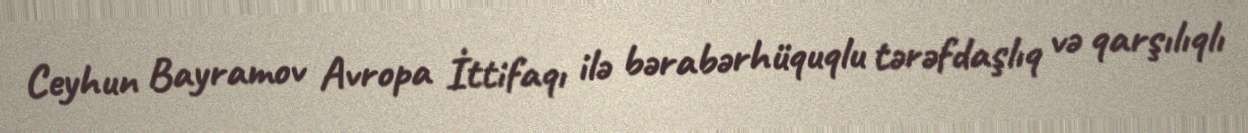
Ceyhun Bayramov Avropa İttifaqı ilə bərabərhüquqlu tərəfdaşlıq və qarşılıqlı